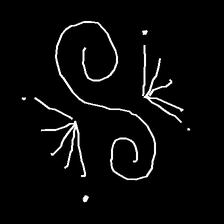
Glyph: aeroform